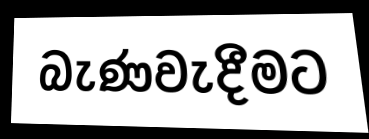
බැණවැදීමට